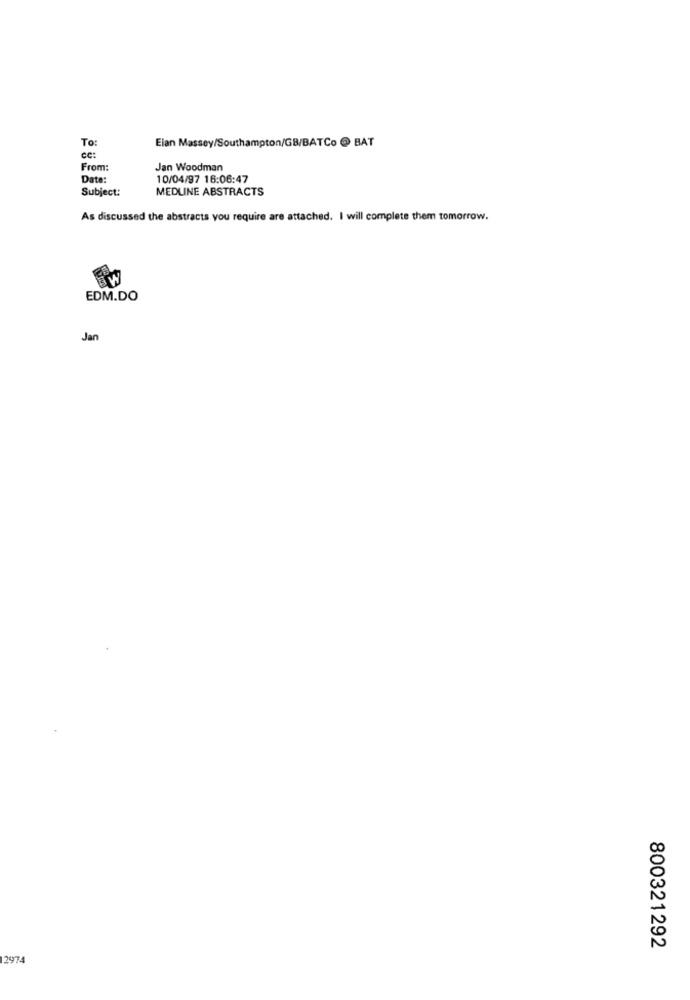
To:
Elan Massey/Southampton/GB/BATCo @ BAT
ce:
From:
Jan Woodman
Date:
10/04/97 16:06:47
Subject:
MEDLINE ABSTRACTS
As discussed the abstracts you require are attached. I will complete them tomorrow.
EDM.DO
Jan
800321292
2974